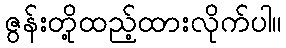
ဇွန်းတို့ထည့်ထားလိုက်ပါ။